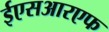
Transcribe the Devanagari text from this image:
ईएसआरएफ